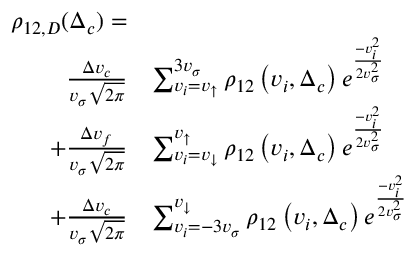
\begin{array} { r l } { \rho _ { 1 2 , D } ( \Delta _ { c } ) = } & { } \\ { ~ \frac { \Delta v _ { c } } { v _ { \sigma } \sqrt { 2 \pi } } } & { \sum _ { v _ { i } = v _ { \uparrow } } ^ { 3 v _ { \sigma } } \rho _ { 1 2 } \left( v _ { i } , \Delta _ { c } \right) e ^ { \frac { - v _ { i } ^ { 2 } } { 2 v _ { \sigma } ^ { 2 } } } } \\ { + \frac { \Delta v _ { f } } { v _ { \sigma } \sqrt { 2 \pi } } } & { \sum _ { v _ { i } = v _ { \downarrow } } ^ { v _ { \uparrow } } \rho _ { 1 2 } \left( v _ { i } , \Delta _ { c } \right) e ^ { \frac { - v _ { i } ^ { 2 } } { 2 v _ { \sigma } ^ { 2 } } } } \\ { + \frac { \Delta v _ { c } } { v _ { \sigma } \sqrt { 2 \pi } } } & { \sum _ { v _ { i } = - 3 v _ { \sigma } } ^ { v _ { \downarrow } } \rho _ { 1 2 } \left( v _ { i } , \Delta _ { c } \right) e ^ { \frac { - v _ { i } ^ { 2 } } { 2 v _ { \sigma } ^ { 2 } } } } \end{array}